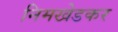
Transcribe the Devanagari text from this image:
निमखेडकर